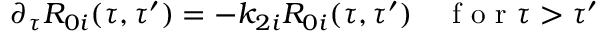
\partial _ { \tau } R _ { 0 i } ( \tau , \tau ^ { \prime } ) = - k _ { 2 i } R _ { 0 i } ( \tau , \tau ^ { \prime } ) \quad \mathrm { ~ f ~ o ~ r ~ } \tau > \tau ^ { \prime }